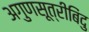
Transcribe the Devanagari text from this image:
अगुणसूत्रीबिंदु